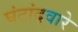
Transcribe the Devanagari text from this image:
घंटांद्वारे